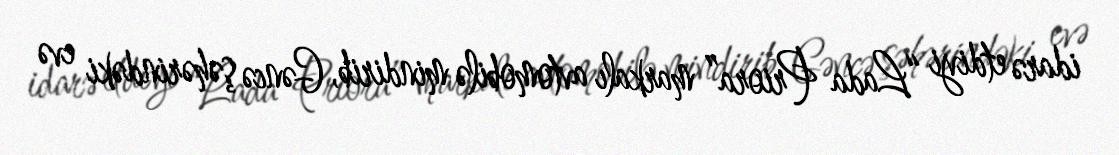
idarə etdiyi “Lada Priora” markalı avtomobilə mindirib, Gəncə şəhərindəki evə